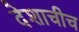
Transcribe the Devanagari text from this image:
देशाचीच